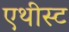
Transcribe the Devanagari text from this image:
एथीस्ट